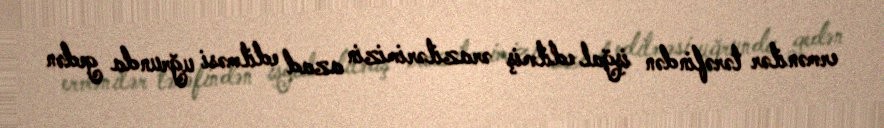
ermənilər tərəfindən işğal edilmiş ərazilərimizin azad edilməsi uğrunda gedən